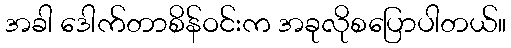
အခါ ဒေါက်တာစိန်ဝင်းက အခုလိုစပြောပါတယ်။